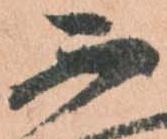
不